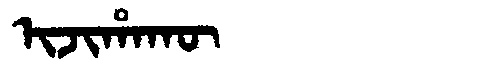
Manchu: ᡳᠵᡳᡥᠠᡴᡡ
Romanization: IJIHAKŪ